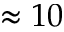
\approx 1 0